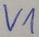
Text: V1